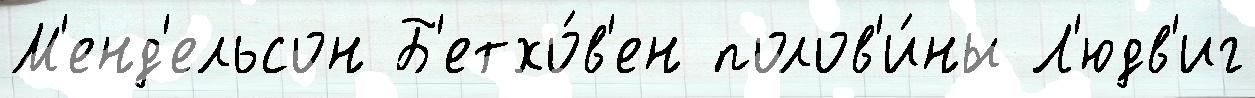
М'енд'ельсон Б'етхо́в'ен полов'и́ны Л'юдв'иг